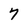
Character: 7